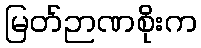
မြတ်ဉာဏစိုးက